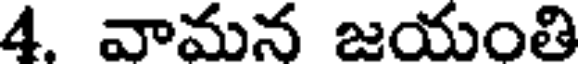
4. వామన జయంతి